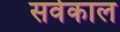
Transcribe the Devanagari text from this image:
सर्वकाल